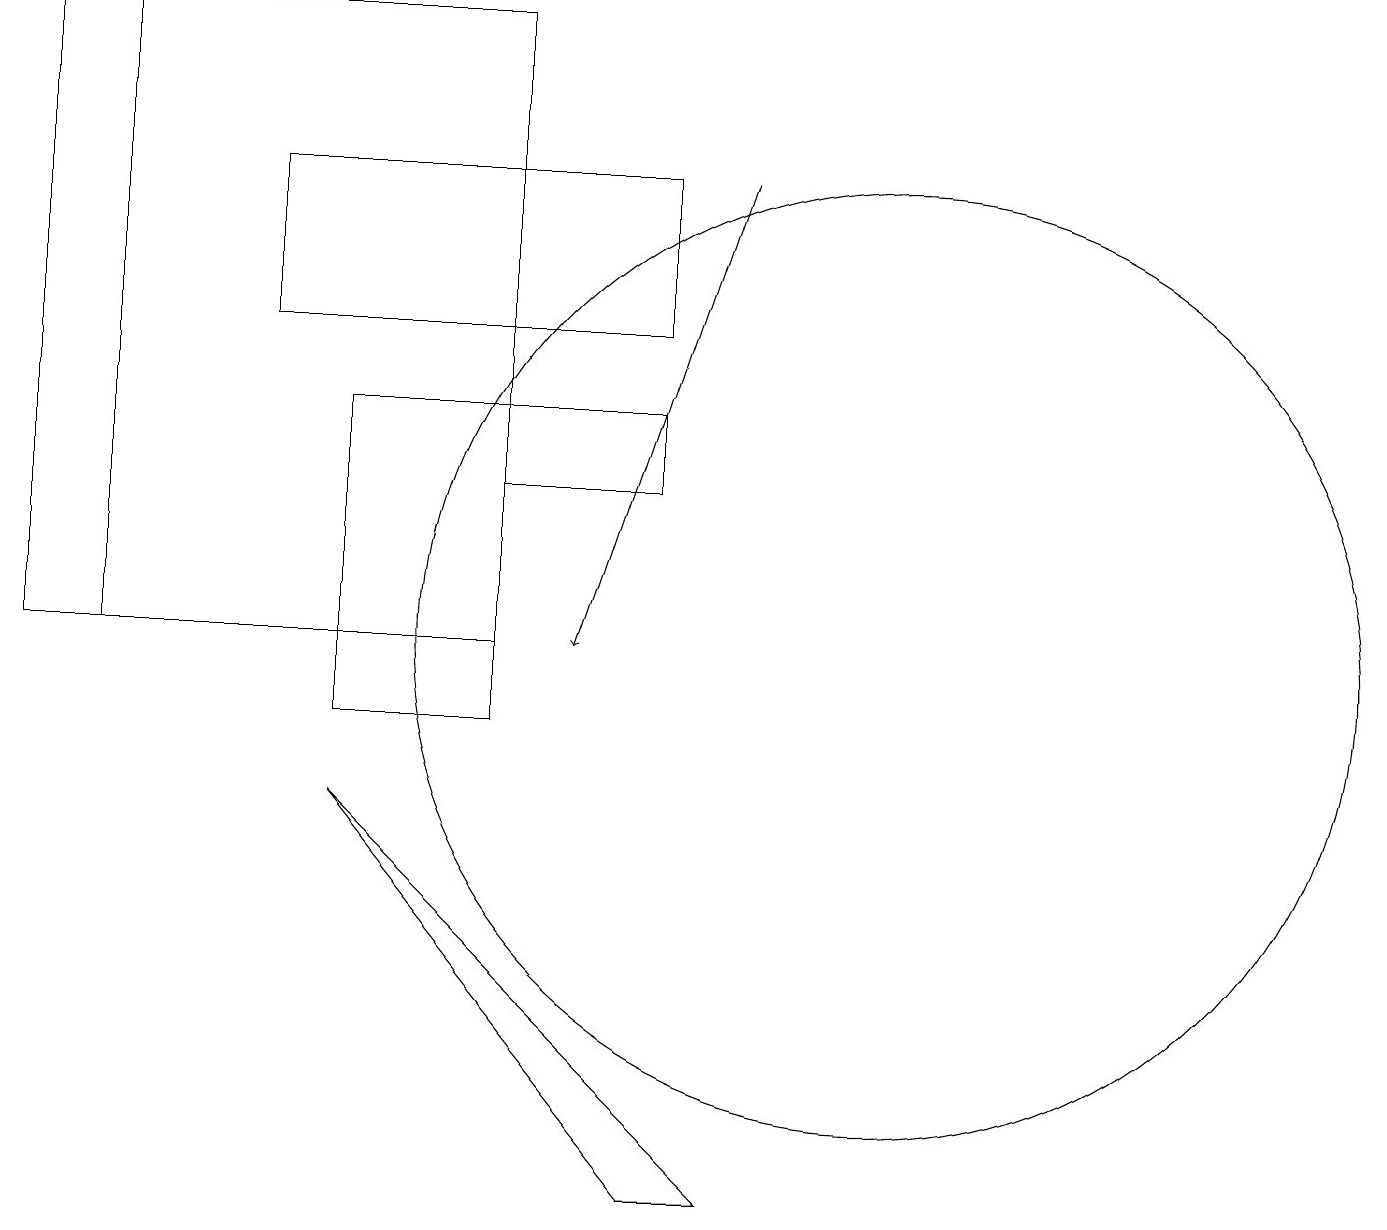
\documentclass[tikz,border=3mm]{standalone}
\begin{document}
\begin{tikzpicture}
\draw (0,19) rectangle (1,11);
\draw (8,17) rectangle (3,15);
\draw (8,13) rectangle (6,14);
\draw (8,4) -- (9,4) -- (4,9) -- cycle;
\draw (1,19) rectangle (6,11);
\draw[->] (9,17) -- (7,11);
\draw (11,11) circle (6);
\draw (4,10) rectangle (6,14);
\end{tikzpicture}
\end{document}